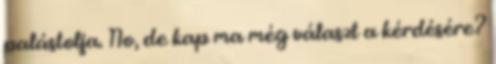
palástolja. No, de kap ma még választ a kérdésére?